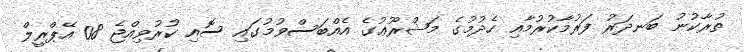
ތުރާކުނު ބަނދަރު ފަރުމާކުރުމާއި ހެދުމުގެ މަޝްރޫޢުގެ އެއްބަސްވުމުގައި ސޮއި ކުރުވިއްޖެ 08 އޭޕްރީލް